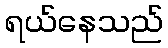
ရယ်နေသည်